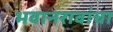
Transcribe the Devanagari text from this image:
भवानरावांचा